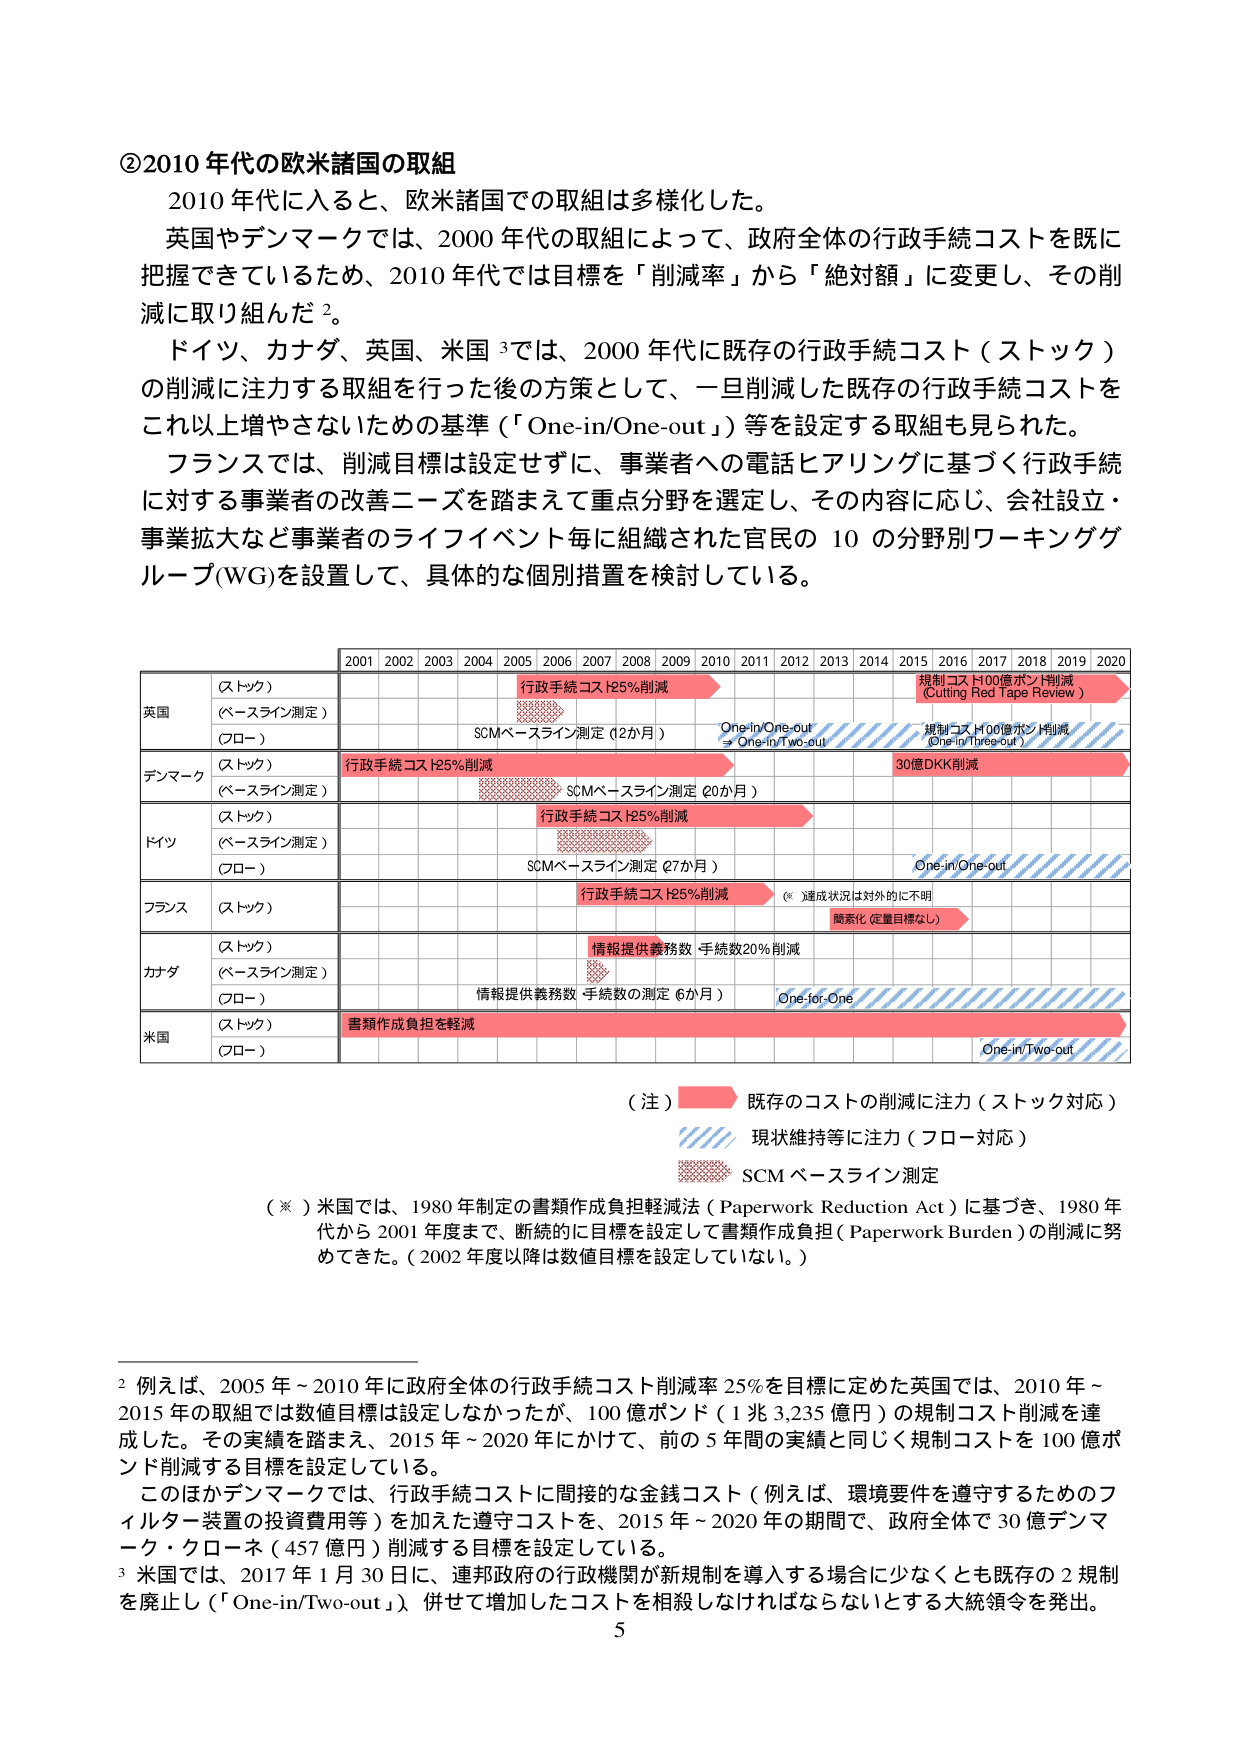
②2010年代の欧米諸国の取組
2010年代に入ると、欧米諸国での取組は多様化した。
英国やデンマークでは、2000年代の取組によって、政府全体の行政手続コストを既に把握できているため、2010年代では目標を「削減率」から「絶対額」に変更し、その削減に取り組んだ²。
ドイツ、カナダ、英国、米国³では、2000年代に既存の行政手続コスト（ストック）の削減に注力する取組を行った後の方策として、一旦削減した既存の行政手続コストをこれ以上増やさないための基準（「One-in/One-out」）等を設定する取組も見られた。
フランスでは、削減目標は設定せずに、事業者への電話ヒアリングに基づく行政手続に対する事業者の改善ニーズを踏まえて重点分野を選定し、その内容に応じ、会社設立・事業拡大など事業者のライフイベント毎に組織された官民の10の分野別ワーキンググループ(WG)を設置して、具体的な個別措置を検討している。

| | 2001 | 2002 | 2003 | 2004 | 2005 | 2006 | 2007 | 2008 | 2009 | 2010 | 2011 | 2012 | 2013 | 2014 | 2015 | 2016 | 2017 | 2018 | 2019 | 2020 |
|---|---|---|---|---|---|---|---|---|---|---|---|---|---|---|---|---|---|---|---|---|
| 英国 | （ストック） | | | | | | | | | | | | | | | | | | | | |
| | （ベースライン測定） | | | | | | | | | | | | | | | | | | | | |
| | （フロー） | | | | | | | | | | | | | | | | | | | | |
| デンマーク | （ストック） | | | | | | | | | | | | | | | | | | | | |
| | （ベースライン測定） | | | | | | | | | | | | | | | | | | | | |
| ドイツ | （ストック） | | | | | | | | | | | | | | | | | | | | |
| | （ベースライン測定） | | | | | | | | | | | | | | | | | | | | |
| | （フロー） | | | | | | | | | | | | | | | | | | | | |
| フランス | （ストック） | | | | | | | | | | | | | | | | | | | | |
| カナダ | （ストック） | | | | | | | | | | | | | | | | | | | | |
| | （ベースライン測定） | | | | | | | | | | | | | | | | | | | | |
| | （フロー） | | | | | | | | | | | | | | | | | | | | |
| 米国 | （ストック） | | | | | | | | | | | | | | | | | | | | |
| | （フロー） | | | | | | | | | | | | | | | | | | | | |

行政手続コスト25%削減
SCMベースライン測定（12か月）
One-in/One-out
→ One-in/Two-out
規制コスト100億ポンド削減（Cutting Red Tape Review）
規制コスト100億ポンド削減（One-in/Three-out）
30億DKK削減
行政手続コスト25%削減
SCMベースライン測定（20か月）
行政手続コスト25%削減
SCMベースライン測定（27か月）
One-in/One-out
行政手続コスト25%削減
（※達成状況は対外的に不明）
簡素化（定量目標なし）
情報提供義務数・手続数20%削減
情報提供義務数・手続数の測定（6か月）
One-for-One
書類作成負担を軽減
One-in/Two-out

（注）
→ 既存のコストの削減に注力（ストック対応）
// 現状維持等に注力（フロー対応）
■ SCMベースライン測定

（※）米国では、1980年制定の書類作成負担軽減法（Paperwork Reduction Act）に基づき、1980年代から2001年度まで、断続的に目標を設定して書類作成負担（Paperwork Burden）の削減に努めてきた。（2002年度以降は数値目標を設定していない。）

² 例えば、2005年～2010年に政府全体の行政手続コスト削減率25%を目標に定めた英国では、2010年～2015年の取組では数値目標は設定しなかったが、100億ポンド（1兆3,235億円）の規制コスト削減を達成した。その実績を踏まえ、2015年～2020年にかけて、前の5年間の実績と同じく規制コストを100億ポンド削減する目標を設定している。
このほかデンマークでは、行政手続コストに間接的な金銭コスト（例えば、環境要件を遵守するためのフィルター装置の投資費用等）を加えた遵守コストを、2015年～2020年の期間で、政府全体で30億デンマーク・クローネ（457億円）削減する目標を設定している。
³ 米国では、2017年1月30日に、連邦政府の行政機関が新規制を導入する場合に少なくとも既存の2規制を廃止し（「One-in/Two-out」）、併せて増加したコストを相殺しなければならないとする大統領令を発出。

5